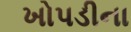
ખોપડીના